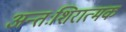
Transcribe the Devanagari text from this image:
अन्तःशिरात्मक